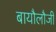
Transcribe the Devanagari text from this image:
बायौलौजी